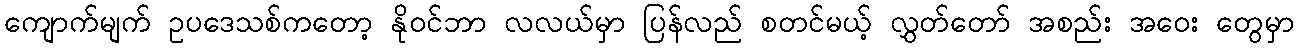
ကျောက်မျက် ဥပဒေသစ်ကတော့ နိုဝင်ဘာ လလယ်မှာ ပြန်လည် စတင်မယ့် လွှတ်တော် အစည်း အဝေး တွေမှာ